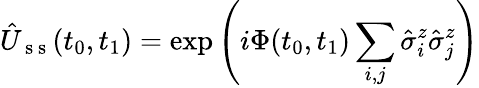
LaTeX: \hat{U}_{\mathrm{~s~s~}}(t_{0},t_{1})=\exp\left({i\Phi(t_{0},t_{1})\sum_{i,j}\hat{\sigma}_{i}^{z}\hat{\sigma}_{j}^{z}}\right)